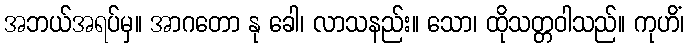
အဘယ်အရပ်မှ။ အာဂတော နု ခေါ၊ လာသနည်း။ သော၊ ထိုသတ္တဝါသည်။ ကုဟိံ၊